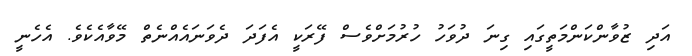
އަދި ޒުވާންކަންމަތީގައި ގިނަ ދުވަހު ހުރުމަށްވެސް ފޭރަކީ އެފަދަ ދެވަނައެއްނެތް މޭވާއެކެވެ. އެހެނީ